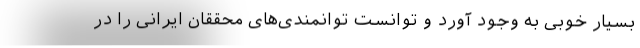
بسیار خوبی به وجود آورد و توانست توانمندی‌های محققان ایرانی را در